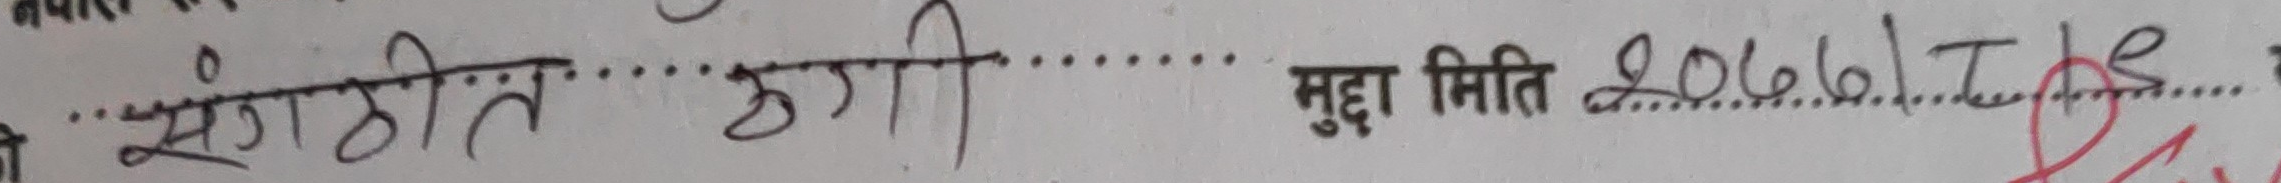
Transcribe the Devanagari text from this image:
संगठित ठगी मुद्दा मिति 2066 I.A.R.